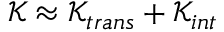
\mathcal { K } \approx \mathcal { K } _ { t r a n s } + \mathcal { K } _ { i n t }